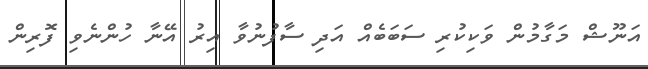
އަނޫޝް މަގާމުން ވަކިކުރި ސަބަބެއް އަދި ސާފުނުވާ އިރު އޭނާ ހުންނެވި ފޮރިން